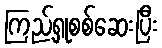
ကြည့်ရှုစစ်ဆေးပြီး